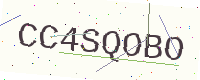
Text: CC4SQOBO